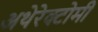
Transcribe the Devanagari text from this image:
अथेरेक्टोमी